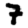
Digit: 7